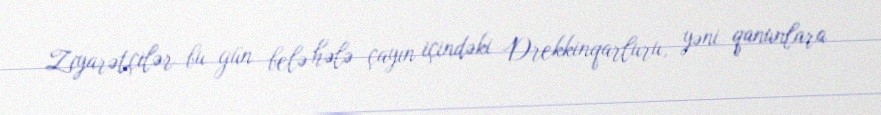
Ziyarətçilər bu gün belə hələ çayın içindəki Drekkinqarluru, yəni qanunlara